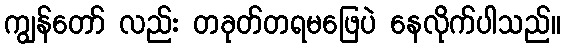
ကျွန်တော် လည်း တခုတ်တရမဖြေပဲ နေလိုက်ပါသည်။